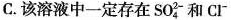
C.该溶液中一定存在SO_{4}^{2-}和Cl^{-}